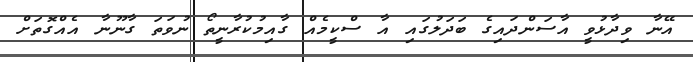
އޭނާ ވިދާޅުވީ އާސަންދައިގެ ބަދަލުގައި އާ ސްކީމެއް ގާއިމުކުރާނީތޯ ނުވަތަ ގާނޫނާ އެއްގޮތަށް